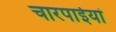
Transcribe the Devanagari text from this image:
चारपाईयां